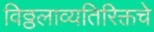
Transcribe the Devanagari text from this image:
विठ्ठलाव्यतिरिक्तचे